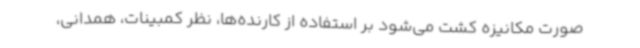
صورت مکانیزه کشت می‌شود بر استفاده از کارنده‌ها، نظر کمبینات، همدانی،